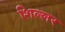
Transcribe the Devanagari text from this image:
शिल्लर